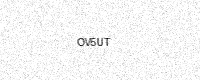
Text: OV5UT